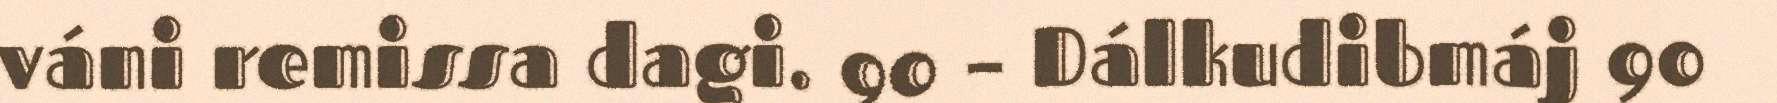
váni remissa dagi. 90 – Dálkudibmáj 90